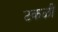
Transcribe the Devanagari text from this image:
टकळी